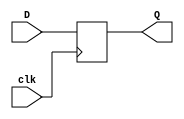
module d_flipflop (
    input wire D,
    input wire clk,
    output reg Q
);

always @(posedge clk)
begin
    Q <= D;
end

endmodule